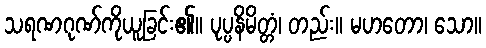
သရဏဂုဏ်ကိုယူခြင်း၏။ ပုပ္ပနိမိတ္တံ၊ တည်း။ မဟတော၊ သော။